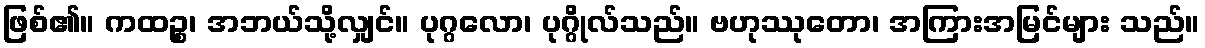
ဖြစ်၏။ ကထဉ္စ၊ အဘယ်သို့လျှင်။ ပုဂ္ဂလော၊ ပုဂ္ဂိုလ်သည်။ ဗဟုဿုတော၊ အကြားအမြင်များ သည်။